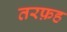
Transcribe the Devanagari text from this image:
तरफ़ह